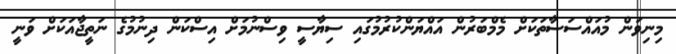
މިނިވަން މުއައްސަސާތަކަށް މެމްބަރުން އައްޔަންކުރުމުގައި ސިޔާސީ ވިސްނުމަށް އިސްކަން ދިނުމުގެ ނަތީޖާއަކަށް ވަނީ